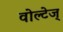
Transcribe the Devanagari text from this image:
वोल्टेज्